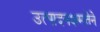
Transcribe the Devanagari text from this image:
उत्पादनक्षमतेने